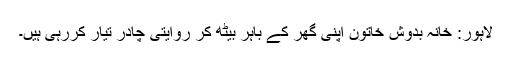
لاہور: خانہ بدوش خاتون اپنی گھر کے باہر بیٹھ کر روایتی چادر تیار کررہی ہیں۔